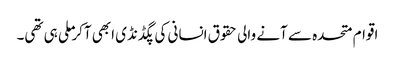
اقوام متحدہ سے آنے والی حقوق انسانی کی پگڈنڈی ابھی آکر ملی ہی تھی۔